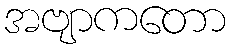
အဗျာကတော